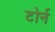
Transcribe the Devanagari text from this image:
टोर्न